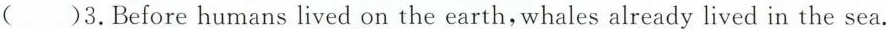
( )3.Before humans lived on the earth,whales already lived in the sea.